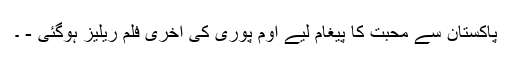
پاکستان سے محبت کا پیغام لیے اوم پوری کی آخری فلم ریلیز ہوگئی - ۔